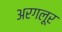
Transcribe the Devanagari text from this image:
अरगलूर